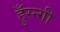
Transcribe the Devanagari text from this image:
हुँस्न्गी